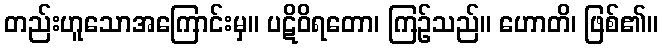
တည်းဟူသောအကြောင်းမှ။ ပဋိဝိရတော၊ ကြဉ်သည်။ ဟောတိ၊ ဖြစ်၏။